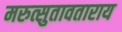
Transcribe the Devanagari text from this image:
मरुत्सुतावताराय